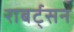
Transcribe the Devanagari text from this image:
राबर्ट्सन